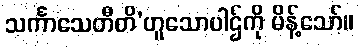
သင်္ကာသေတီတိ’ဟူသောပါဌ်ကို မိန့်သော်။